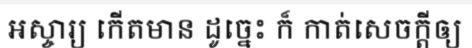
អស្ចារ្យ កើតមាន ដូច្នេះ ក៏ កាត់សេចក្តីឲ្យ